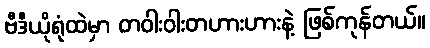
ဗီဒီယိုရုံထဲမှာ တဝါးဝါးတဟားဟားနဲ့ ဖြစ်ကုန်တယ်။